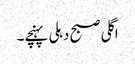
اگلی صبح دہلی پہنچے۔